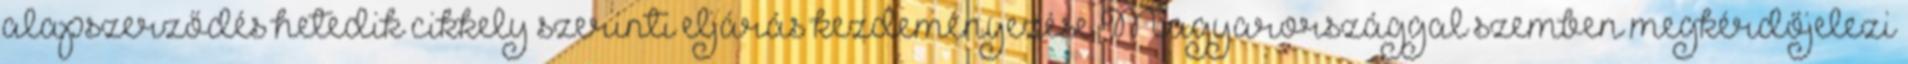
alapszerződés hetedik cikkely szerinti eljárás kezdeményezése Magyarországgal szemben megkérdőjelezi